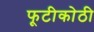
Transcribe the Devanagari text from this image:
फूटीकोठी